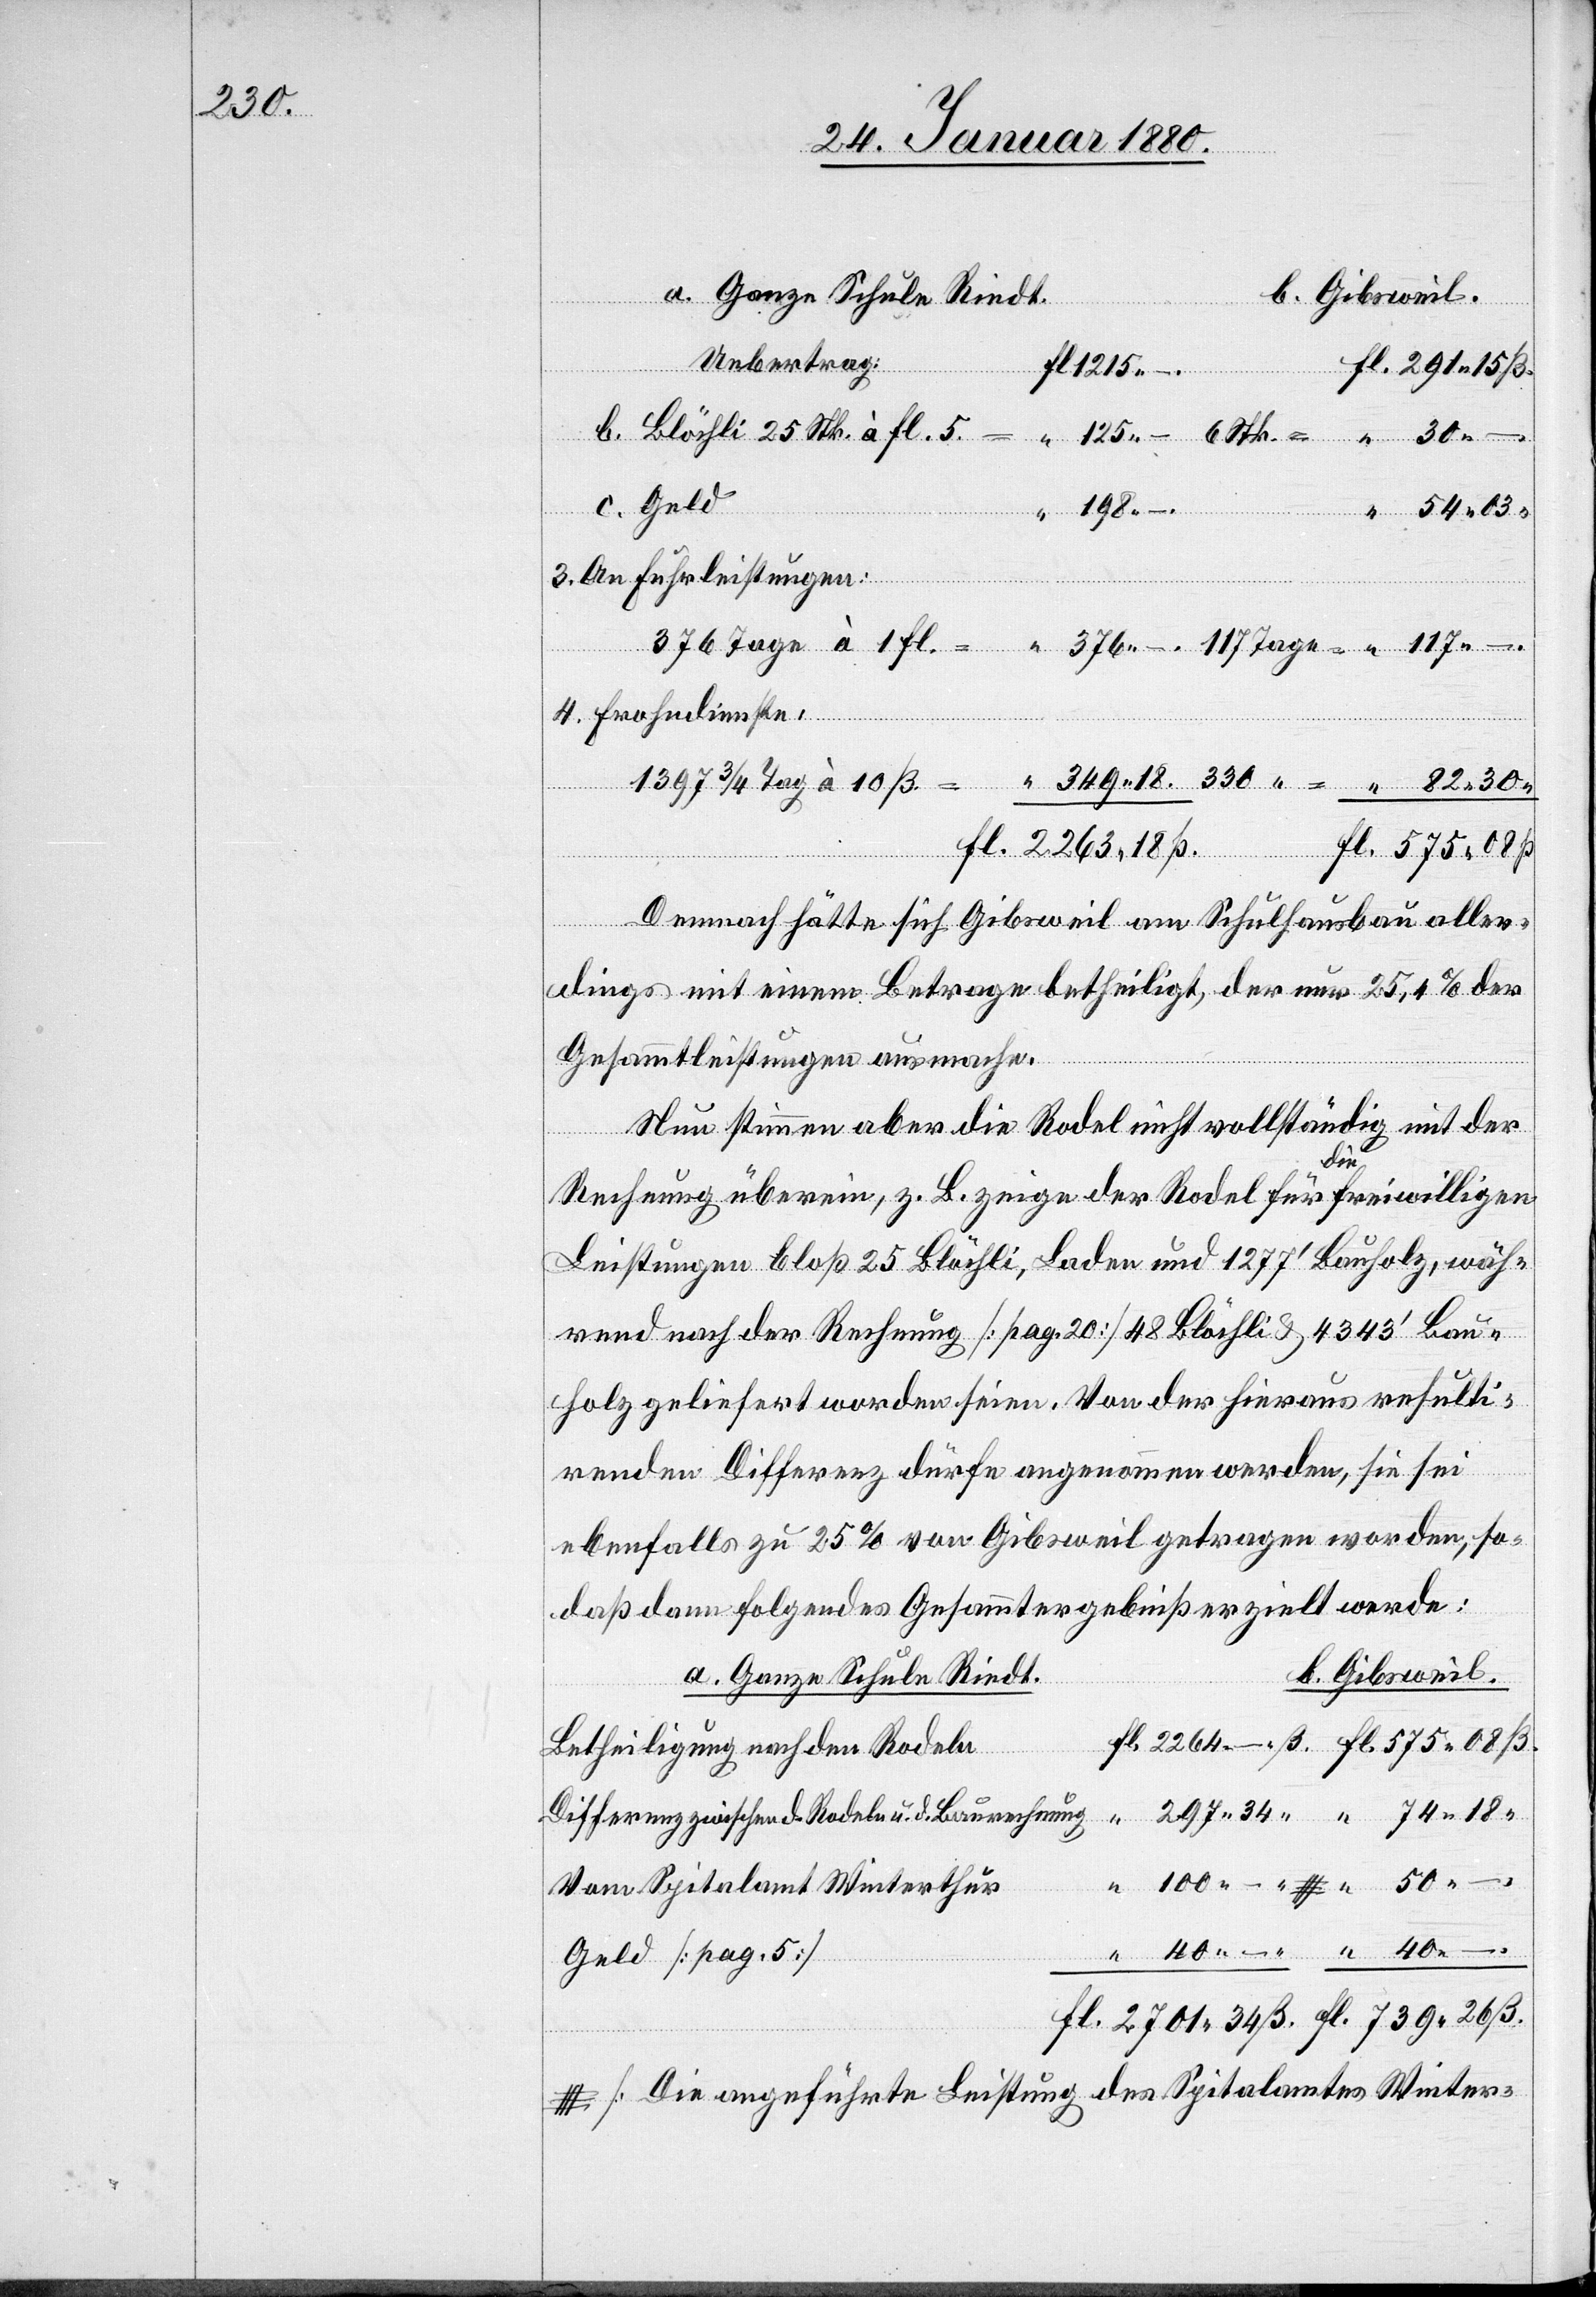
739.

a. Ganze Schule Riedt.
b. Gibsweil.
26
c. Geld
#
Demnach hätte sich Gibsweil am Schulhausbau aller¬
dings mit einem Betrage betheiligt, der nur 25.4 % der
ndienste:
Gesammtleistungen ausmache.
Nun stimmen aber die Rodel nicht vollständig mit der
Froh¬
Rechnung überein, z. B. zeige der Rodel für a-die-a freiwilligen
Leistungen bloß 25 Blöchli, Laden und 1277‘ Bauholz, wäh¬
rend nach der Rechnung [pag. 20] 48 Blöchli & 4343‘ Bau¬
holz geliefert worden seien. Von der hieraus resulti¬
renden Differenz dürfe angenommen werden, sie sei
ebenfalls zu 25 % von Gobsweil getragen worden, so¬
daß dann folgendes Gesammtergebniß erzielt werde:
Betheiligung nach den Rodeln
Differenz zwischen d. Rodeln u. d. Baurechnung
Vom Spitalamt Winterthur
Geld [pag. 5]
# [Die angeführte Leistung des Spitalamtes Winter-